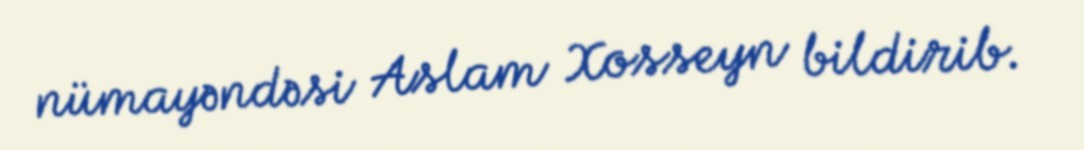
nümayəndəsi Aslam Xosseyn bildirib.